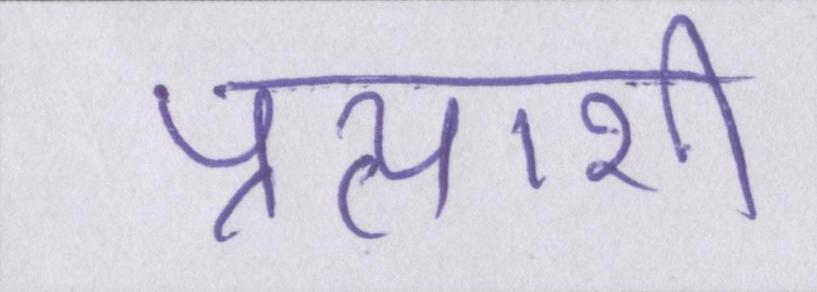
प्रत्याशी